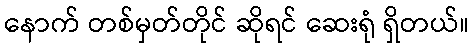
နောက် တစ်မှတ်တိုင် ဆိုရင် ဆေးရုံ ရှိတယ်။